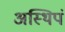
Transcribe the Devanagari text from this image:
अस्थिपं